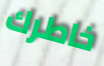
خاطرك